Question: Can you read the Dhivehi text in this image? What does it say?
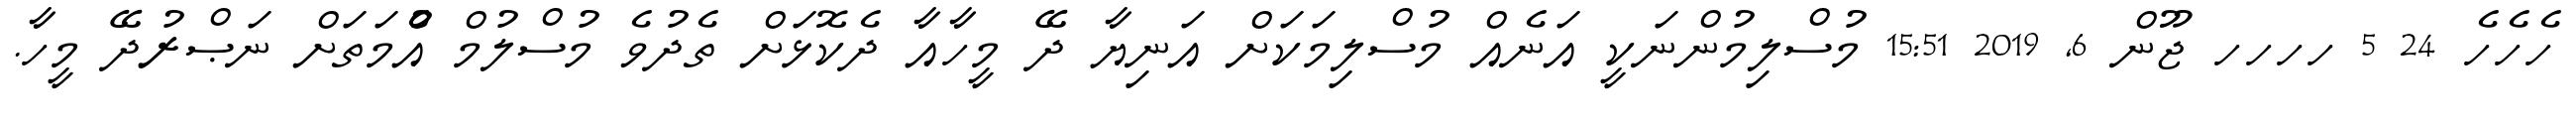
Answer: ހެހެހެ 24 5 ހހހހ ޖޫން 6, 2019 15:51 މުސްލިމުންނަކީ އަނެއް މުސްލިމަކަށް އަނިޔާ ދޭ މީހާއާ ދެކޮޅަށް ތެދުވެ މުސްލުމް އުެްމަތަށް ނަޞްރުދޭ މީހާ.